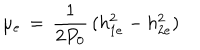
LaTeX: \mu _ { e } \, = \, { \frac { 1 } { 2 P _ { 0 } } } \, ( h _ { 1 e } ^ { 2 } - h _ { 2 e } ^ { 2 } ) \,